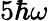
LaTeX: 5\hbar\omega